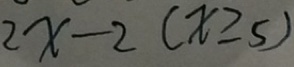
2 x - 2 ( x \geq 5 )